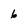
Character: 6